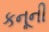
કનૂની